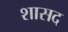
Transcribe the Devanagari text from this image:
शासद